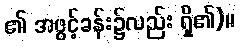
၏ အဖွင့်ခန်း၌လည်း ရှိ၏)။